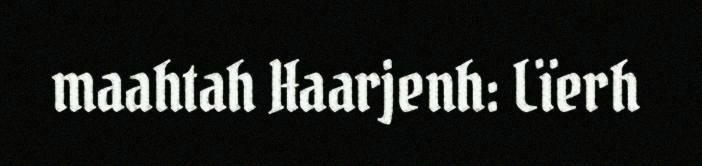
maahtah Haarjenh: Lïerh